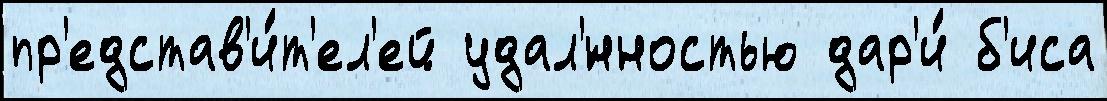
пр'едстав'и́т'ел'ей удал'́нностью дар'и́ б'иса